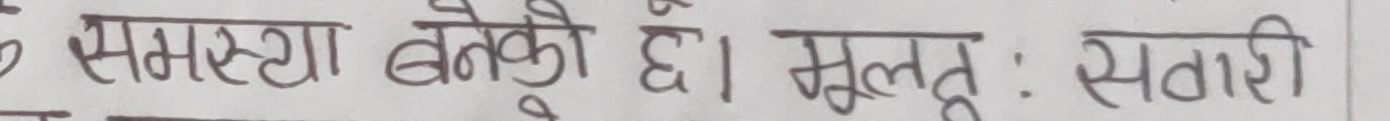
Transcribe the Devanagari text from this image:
समस्या बनेको छ। मूलतः सतारी